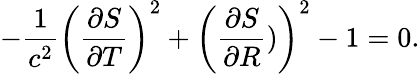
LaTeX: -\frac{1}{c^{2}}\left(\frac{\partial S}{\partial T}\right)^{2}+\left(\frac{\partial S}{\partial R})\right)^{2}-1=0.